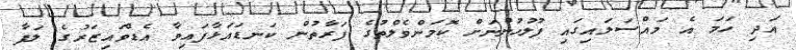
އަދި ހަމަ އެ މައްސަލައިގައި ފުލުހުންނަށް ކޮމަންވެލްތުގެ ފަރާތުން ކަނޑައަޅާފައިވާ އެޑްވައިޒަރުގެ ލަފާ